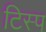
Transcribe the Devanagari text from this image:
टिस्प